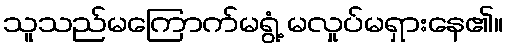
သူသည်မကြောက်မရွံ့ မလှုပ်မရှားနေ၏။